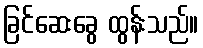
ခြင်ဆေးခွေ ထွန်းသည်။